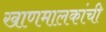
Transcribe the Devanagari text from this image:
खाणमालकांची